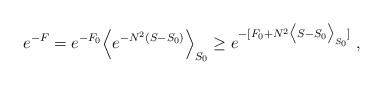
\begin{align*}e^{-F} = e^{-F_0}\Big< e^{-N^2 (S - S_0)} \Big>_{S_0}\ge e^{-[F_0 + N^2 \big<S - S_0 \big>_{S_0} ] } \;,\end{align*}